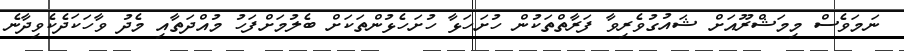
ނަމަވެސް މިމަޝްރޫއަށް ޝައުގުވެރިވާ ފަރާތްތަކުން ހުށަހަޅާ ހުށަހެޅުންތަކަށް ބެލުމަށްފަހު މުއްދަތާއި މެދު ވާހަކަދެކެވިދާނެ